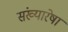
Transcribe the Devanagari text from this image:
संख्यारेषा